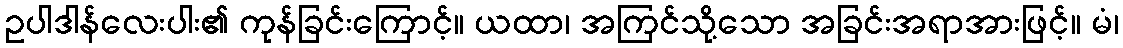
ဥပါဒါန်လေးပါး၏ ကုန်ခြင်းကြောင့်။ ယထာ၊ အကြင်သို့သော အခြင်းအရာအားဖြင့်။ မံ၊